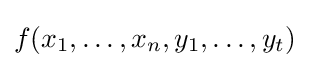
f(x_{1},\dots ,x_{n},y_{1},\dots ,y_{t})